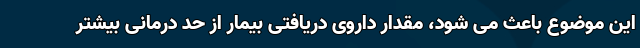
این موضوع باعث می شود، مقدار داروی دریافتی بیمار از حد درمانی بیشتر